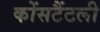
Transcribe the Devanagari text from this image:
कोंसटैंटली